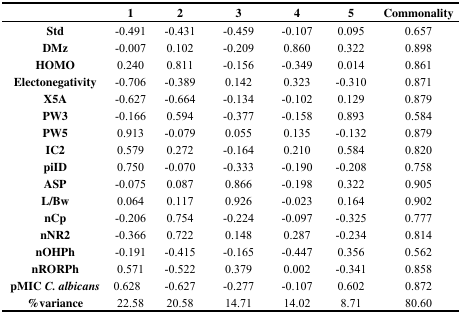
<table><thead><tr><td></td><td><b>1</b></td><td><b>2</b></td><td><b>3</b></td><td><b>4</b></td><td><b>5</b></td><td><b>Commonality</b></td></tr></thead><tbody><tr><td><b>Std</b></td><td>−0.491</td><td>−0.431</td><td>−0.459</td><td>−0.107</td><td>0.095</td><td>0.657</td></tr><tr><td><b>DMz</b></td><td>−0.007</td><td>0.102</td><td>−0.209</td><td>0.860</td><td>0.322</td><td>0.898</td></tr><tr><td><b>HOMO</b></td><td>0.240</td><td>0.811</td><td>−0.156</td><td>−0.349</td><td>0.014</td><td>0.861</td></tr><tr><td><b>Electonegativity</b></td><td>−0.706</td><td>−0.389</td><td>0.142</td><td>0.323</td><td>−0.310</td><td>0.871</td></tr><tr><td><b>X5A</b></td><td>−0.627</td><td>−0.664</td><td>−0.134</td><td>−0.102</td><td>0.129</td><td>0.879</td></tr><tr><td><b>PW3</b></td><td>−0.166</td><td>0.594</td><td>−0.377</td><td>−0.158</td><td>0.893</td><td>0.584</td></tr><tr><td><b>PW5</b></td><td>0.913</td><td>−0.079</td><td>0.055</td><td>0.135</td><td>−0.132</td><td>0.879</td></tr><tr><td><b>IC2</b></td><td>0.579</td><td>0.272</td><td>−0.164</td><td>0.210</td><td>0.584</td><td>0.820</td></tr><tr><td><b>piID</b></td><td>0.750</td><td>−0.070</td><td>−0.333</td><td>−0.190</td><td>−0.208</td><td>0.758</td></tr><tr><td><b>ASP</b></td><td>−0.075</td><td>0.087</td><td>0.866</td><td>−0.198</td><td>0.322</td><td>0.905</td></tr><tr><td><b>L/Bw</b></td><td>0.064</td><td>0.117</td><td>0.926</td><td>−0.023</td><td>0.164</td><td>0.902</td></tr><tr><td><b>nCp</b></td><td>−0.206</td><td>0.754</td><td>−0.224</td><td>−0.097</td><td>−0.325</td><td>0.777</td></tr><tr><td><b>nNR2</b></td><td>−0.366</td><td>0.722</td><td>0.148</td><td>0.287</td><td>−0.234</td><td>0.814</td></tr><tr><td><b>nOHPh</b></td><td>−0.191</td><td>−0.415</td><td>−0.165</td><td>−0.447</td><td>0.356</td><td>0.562</td></tr><tr><td><b>nRORPh</b></td><td>0.571</td><td>−0.522</td><td>0.379</td><td>0.002</td><td>−0.341</td><td>0.858</td></tr><tr><td><b>pMIC</b><b><i>C. albicans</i></b></td><td>0.628</td><td>−0.627</td><td>−0.277</td><td>−0.107</td><td>0.602</td><td>0.872</td></tr><tr><td><b>%variance</b></td><td>22.58</td><td>20.58</td><td>14.71</td><td>14.02</td><td>8.71</td><td>80.60</td></tr></tbody></table>